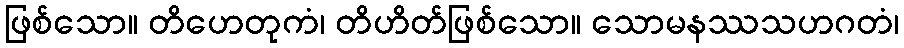
ဖြစ်သော။ တိဟေတုကံ၊ တိဟိတ်ဖြစ်သော။ သောမနဿသဟဂတံ၊